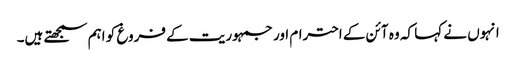
انہوں نے کہا کہ وہ آئن کے احترام اور جمہوریت کے فروغ کو اہم سمجھتے ہیں۔